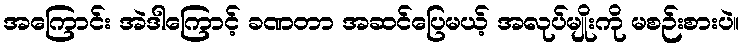
အကြောင်း အဲဒါကြောင့် ခဏတာ အဆင်ပြေမယ့် အလုပ်မျိုးကို မစဉ်းစားပဲ။